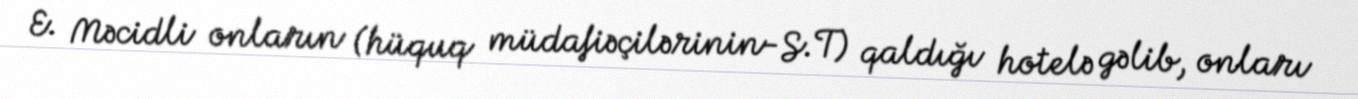
E. Məcidli onların (hüquq müdafiəçilərinin-S.T) qaldığı hotelə gəlib, onları